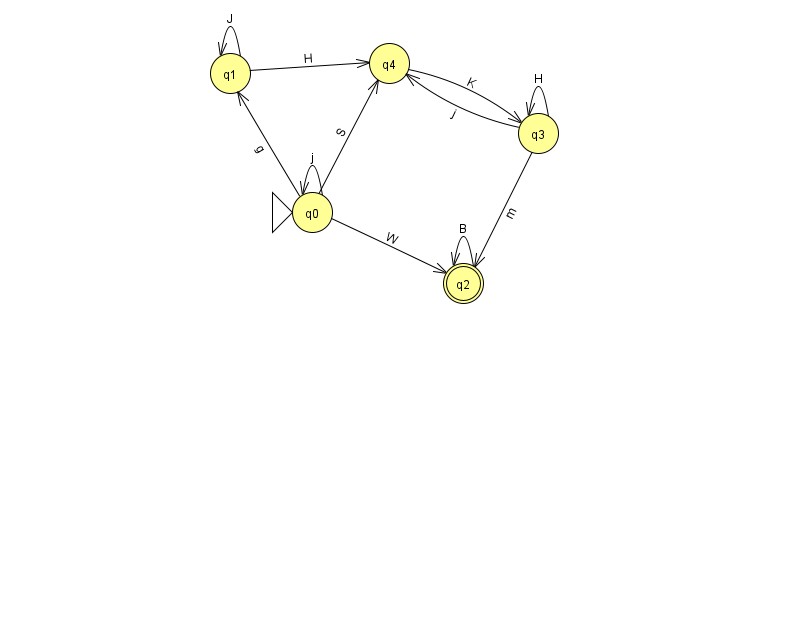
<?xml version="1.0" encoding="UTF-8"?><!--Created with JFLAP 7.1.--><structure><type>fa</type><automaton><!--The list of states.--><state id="0" name="q0"><x>312.0</x><y>199.0</y><initial/></state><state id="1" name="q1"><x>230.0</x><y>60.0</y></state><state id="2" name="q2"><x>463.0</x><y>270.0</y><final/></state><state id="3" name="q3"><x>538.0</x><y>120.0</y></state><state id="4" name="q4"><x>389.0</x><y>50.0</y></state><!--The list of transitions.--><transition><from>2</from><to>2</to><read>B</read></transition><transition><from>3</from><to>4</to><read>j</read></transition><transition><from>0</from><to>1</to><read>g</read></transition><transition><from>4</from><to>3</to><read>K</read></transition><transition><from>1</from><to>4</to><read>H</read></transition><transition><from>3</from><to>2</to><read>m</read></transition><transition><from>3</from><to>3</to><read>H</read></transition><transition><from>0</from><to>0</to><read>j</read></transition><transition><from>1</from><to>1</to><read>J</read></transition><transition><from>0</from><to>2</to><read>W</read></transition><transition><from>0</from><to>4</to><read>S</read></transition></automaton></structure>